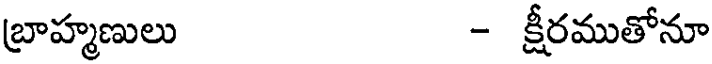
బ్రాహ్మణులు - క్షీరముతోనూ